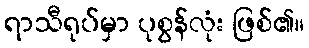
ရာသီရုပ်မှာ ပုစွန်လုံး ဖြစ်၏။